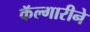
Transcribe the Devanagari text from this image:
कॅल्गारीने